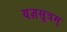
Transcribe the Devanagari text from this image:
यज्ञसूत्रम्